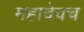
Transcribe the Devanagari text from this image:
महादेवच